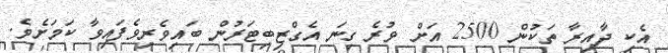
އެކި ދާއިރާ ތަކުން 2500 އަށް ވުރެ ގިނަ އެގްޒިބިޓަރުން ބައިވެރިވެފައިވާ ކަމަށެވެ.